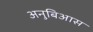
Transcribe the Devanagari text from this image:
अनुबिआस